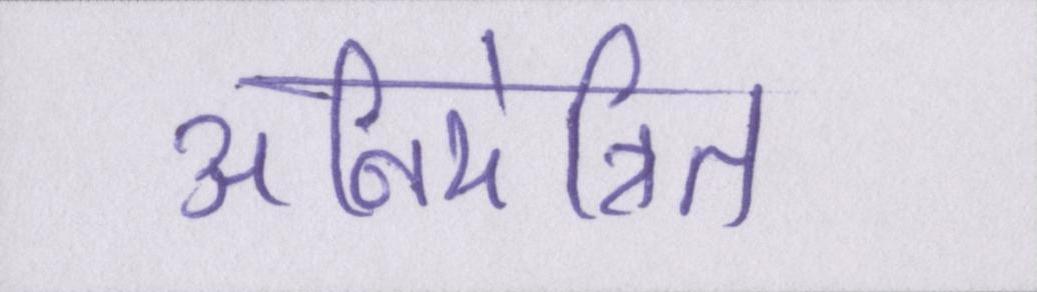
अनियंत्रित